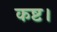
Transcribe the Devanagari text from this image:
कष्ट।